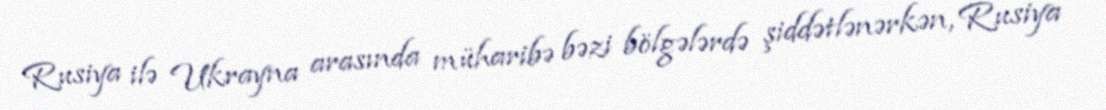
Rusiya ilə Ukrayna arasında müharibə bəzi bölgələrdə şiddətlənərkən, Rusiya